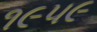
૧૯૫૯